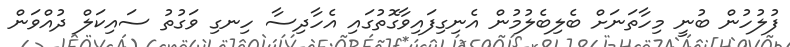
ފުލުހުން ބުނީ މިހާތަނަށް ބެލިބެލުމުން އެނިގިފައިވާގޮތުގައި އެހާދިސާ ހިނގި ވަގުތު ސައިކަލް ދުއްވަން